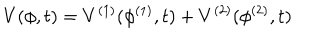
V ( \phi , t ) = V ^ { ( 1 ) } ( \phi ^ { ( 1 ) } , t ) + V ^ { ( 2 ) } ( \phi ^ { ( 2 ) } , t )